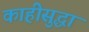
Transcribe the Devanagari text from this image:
काहीसुद्धा